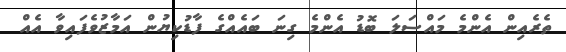
ތެރެއިން އެންމެ މައްސަލަ ބޮޑު އެންމެ ގިނަ ބައެއްގެ ފާޑުކިޔުން އަމާޒުވެފައިވާ އެއް